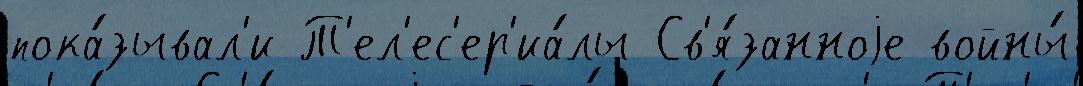
пока́зывал'и Т'ел'ес'ер'иа́лы Св'я́занноjе войны́